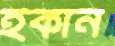
ইকান